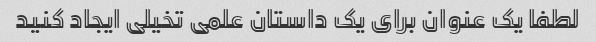
لطفا یک عنوان برای یک داستان علمی تخیلی ایجاد کنید